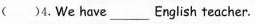
( )4. We have ___ English teacher.